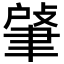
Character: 𦘟